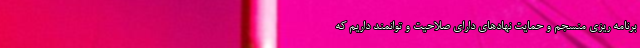
برنامه ریزی منسجم و حمایت نهادهای دارای صلاحیت و توانمند داریم که